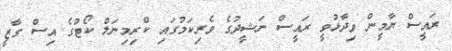
ރައީސް ޔާމީން ވިދާޅުވީ ރައީސް ނަޝީދުގެ ވެރިކަމުގައި ކްރިމިނަލް ކޯޓުގެ އިސް ގާޒީ